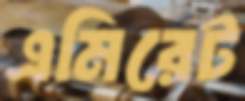
এমিরেট